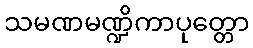
သမဏမဏ္ဍိကာပုတ္တော